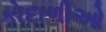
કોદાળીઓ